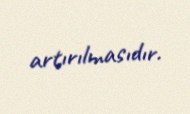
artırılmasıdır.